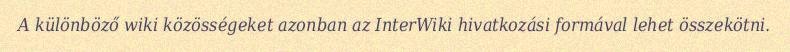
A különböző wiki közösségeket azonban az InterWiki hivatkozási formával lehet összekötni.